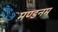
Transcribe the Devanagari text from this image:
मण्‍डनम